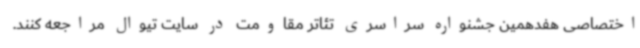
اختصاصی هفدهمین جشنواره سراسری تئاتر مقاومت در سایت تیوال مراجعه کنند.